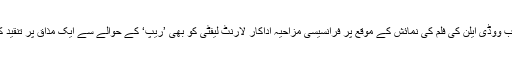
دوسری جانب ووڈی ایلن کی فلم کی نمائش کے موقع پر فرانسیسی مزاحیہ اداکار لارنٹ لیفٹی کو بھی ’ریپ‘ کے حوالے سے ایک مذاق پر تنقید کا سامنا ہے۔